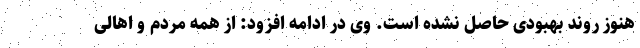
هنوز روند بهبودی حاصل نشده است. وی در ادامه افزود: از همه مردم و اهالی